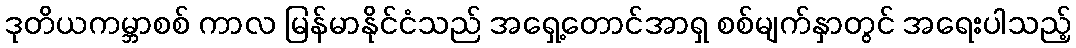
ဒုတိယကမ္ဘာစစ် ကာလ မြန်မာနိုင်ငံသည် အရှေ့တောင်အာရှ စစ်မျက်နှာတွင် အရေးပါသည့်